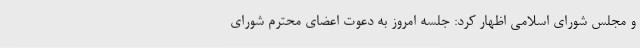
و مجلس شورای اسلامی اظهار کرد: جلسه امروز به دعوت اعضای محترم شورای